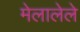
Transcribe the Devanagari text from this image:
मेलालेले